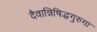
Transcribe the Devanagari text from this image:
दैवान्निषिद्धगुरुगा